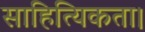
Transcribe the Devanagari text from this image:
साहित्यिकता।